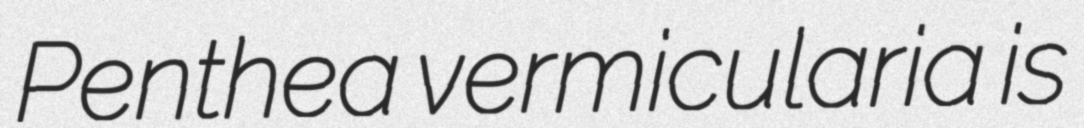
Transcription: Penthea vermicularia is